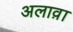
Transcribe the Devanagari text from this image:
अलाव़ा